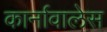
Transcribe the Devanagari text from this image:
कार्नावालेस